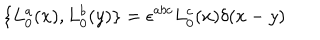
\{ L _ { 0 } ^ { a } ( x ) , L _ { 0 } ^ { b } ( y ) \} = \epsilon ^ { a b c } L _ { 0 } ^ { c } ( x ) \delta ( x - y )